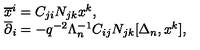
\begin{array} { l } { { \overline { x } ^ { i } } = C _ { j i } N _ { j k } x ^ { k } , } \\ { { \overline { \partial } _ { i } } = - q ^ { - 2 } \Lambda _ { n } ^ { - 1 } C _ { i j } N _ { j k } [ \Delta _ { n } , x ^ { k } ] , } \\ \end{array}